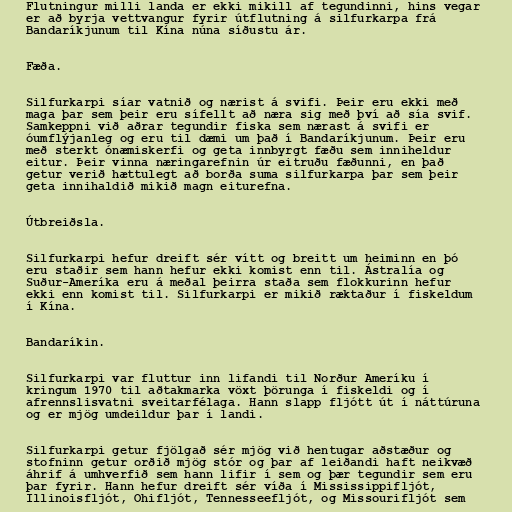
Flutningur milli landa er ekki mikill af tegundinni, hins vegar
er að byrja vettvangur fyrir útflutning á silfurkarpa frá
Bandaríkjunum til Kína núna síðustu ár.

Fæða.

Silfurkarpi síar vatnið og nærist á svifi. Þeir eru ekki með
maga þar sem þeir eru sífellt að næra sig með því að sía svif.
Samkeppni við aðrar tegundir fiska sem nærast á svifi er
óumflýjanleg og eru til dæmi um það í Bandaríkjunum. Þeir eru
með sterkt ónæmiskerfi og geta innbyrgt fæðu sem inniheldur
eitur. Þeir vinna næringarefnin úr eitruðu fæðunni, en það
getur verið hættulegt að borða suma silfurkarpa þar sem þeir
geta innihaldið mikið magn eiturefna.

Útbreiðsla.

Silfurkarpi hefur dreift sér vítt og breitt um heiminn en ‏þó
eru staðir sem hann hefur ekki komist enn til. Ástralía og
Suður-Ameríka eru á meðal ‏þeirra staða sem flokkurinn hefur
ekki enn komist til. Silfurkarpi er mikið ræktaður í fiskeldum
í Kína.

Bandaríkin.

Silfurkarpi var fluttur inn lifandi til Norður Ameríku í
kringum 1970 til aðtakmarka vöxt þörunga í fiskeldi og í
afrennslisvatni sveitarfélaga. Hann slapp fljótt út í náttúruna
og er mjög umdeildur þar í landi.

Silfurkarpi getur fjölgað sér mjög við hentugar aðstæður og
stofninn getur orðið mjög stór og þar af leiðandi haft neikvæð
áhrif á umhverfið sem hann lifir í sem og þær tegundir sem eru
þar fyrir. Hann hefur dreift sér víða í Mississippifljót,
Illinoisfljót, Ohifljót, Tennesseefljót, og Missourifljót sem